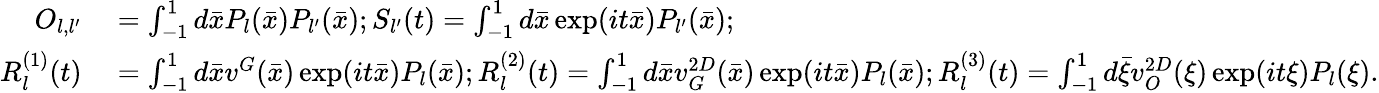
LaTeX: \begin{array}{rl}{O_{l,l^{\prime}}}&{{}=\int_{-1}^{1}d\bar{x}P_{l}(\bar{x})P_{l^{\prime}}(\bar{x});S_{l^{\prime}}(t)=\int_{-1}^{1}d\bar{x}\exp(it\bar{x})P_{l^{\prime}}(\bar{x});}\\ {R_{l}^{(1)}(t)}&{{}=\int_{-1}^{1}d\bar{x}v^{G}(\bar{x})\exp(it\bar{x})P_{l}(\bar{x});R_{l}^{(2)}(t)=\int_{-1}^{1}d\bar{x}v_{G}^{2D}(\bar{x})\exp(it\bar{x})P_{l}(\bar{x});R_{l}^{(3)}(t)=\int_{-1}^{1}d\bar{\xi}v_{O}^{2D}(\xi)\exp(it\xi)P_{l}(\xi).}\end{array}